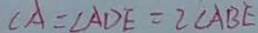
\angle A = \angle A D E = 2 \angle A B E